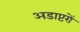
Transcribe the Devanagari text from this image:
अडाप्टरों